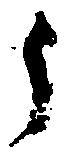
う